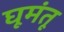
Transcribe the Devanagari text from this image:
घूमंतू